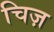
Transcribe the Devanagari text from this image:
चिज़